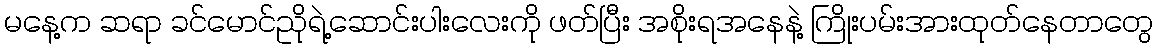
မနေ့က ဆရာ ခင်မောင်ညိုရဲ့ဆောင်းပါးလေးကို ဖတ်ပြီး အစိုးရအနေနဲ့ ကြိုးပမ်းအားထုတ်နေတာတွေ